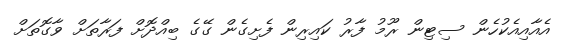
އެއާއިއެކުހެން ސިޓިން ރޫމު ފާރު ކައިރިން ފެށިގެން ގޭގެ ބިއްދޮށް ފަރާތަށް ވާގޮތަށް